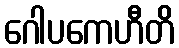
ဂေါပကေဟီတိ